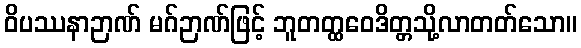
ဝိပဿနာဉာဏ် မဂ်ဉာဏ်ဖြင့် ဘူတတ္ထဝေဒိတ္တသို့လာတတ်သော။